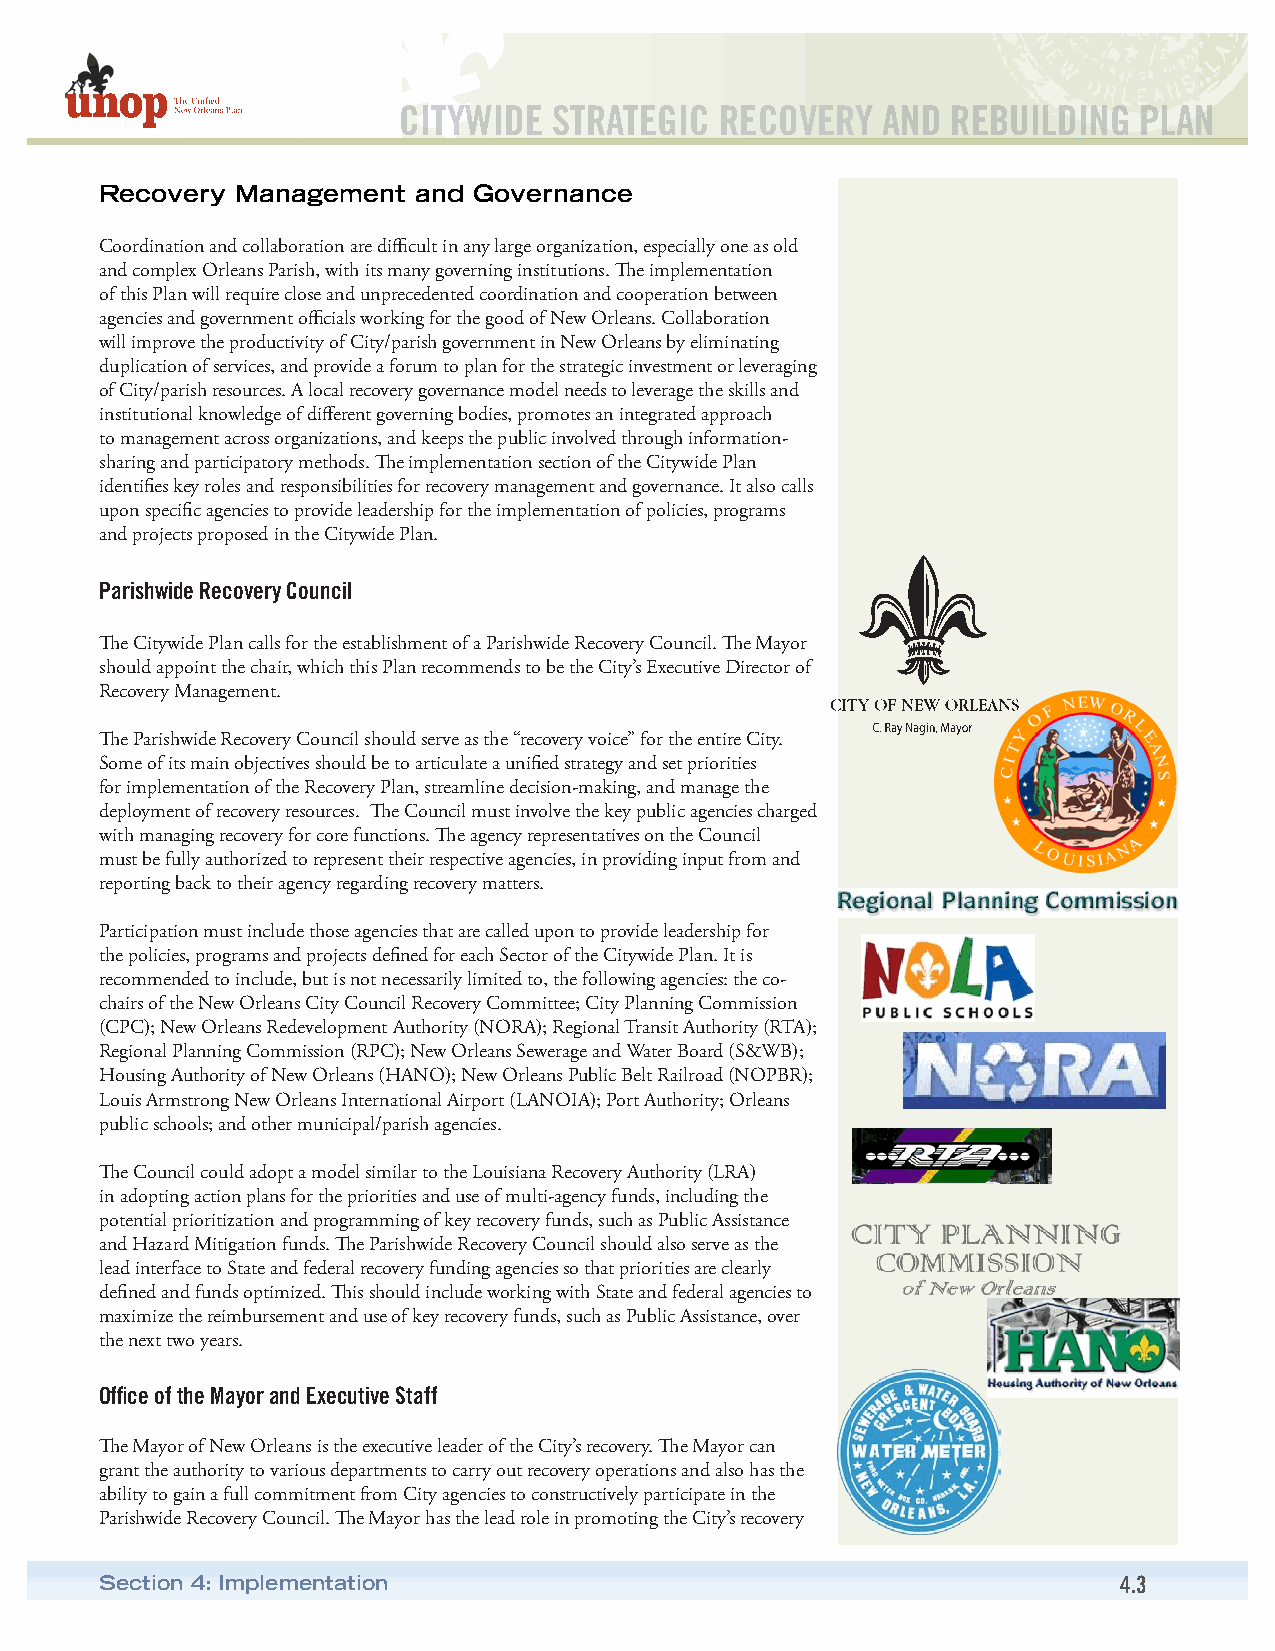
CITYWIDE   STRATEGIC  RECOVERY  AND  REBUILDING  PLAN
 Recovery Management and Governance
 Coordination and collaboration are difficult in any large organization, especially one as old
 and complex Orleans Parish, with its many governing institutions. The implementation
 of this Plan will require close and unprecedented coordination and cooperation between
 agencies and government officials working for the good of New Orleans. Collaboration
 will improve the productivity of City/parish government in New Orleans by eliminating
 duplication of services, and provide a forum to plan for the strategic investment or leveraging
 of City/parish resources. A local recovery governance model needs to leverage the skills and
 institutional knowledge of different governing bodies, promotes an integrated approach
 to management across organizations, and keeps the public involved through information-
 sharing and participatory methods. The implementation section of the Citywide Plan
 identifies key roles and responsibilities for recovery management and governance. It also calls
 upon specific agencies to provide leadership for the implementation of policies, programs
 and projects proposed in the Citywide Plan.
 Parishwide Recovery Council
 The Citywide Plan calls for the establishment of a Parishwide Recovery Council. The Mayor
 should appoint the chair, which this Plan recommends to be the City’s Executive Director of
 Recovery Management.
 The Parishwide Recovery Council should serve as the “recovery voice” for the entire City.
 Some of its main objectives should be to articulate a unified strategy and set priorities
 for implementation of the Recovery Plan, streamline decision-making, and manage the
 deployment of recovery resources. The Council must involve the key public agencies charged
 with managing recovery for core functions. The agency representatives on the Council
 must be fully authorized to represent their respective agencies, in providing input from and
 reporting back to their agency regarding recovery matters.
 Participation must include those agencies that are called upon to provide leadership for
 the policies, programs and projects defined for each Sector of the Citywide Plan. It is
 recommended to include, but is not necessarily limited to, the following agencies: the co-
 chairs of the New Orleans City Council Recovery Committee; City Planning Commission
 (CPC); New Orleans Redevelopment Authority (NORA); Regional Transit Authority (RTA);
 Regional Planning Commission (RPC); New Orleans Sewerage and Water Board (S&WB);
 Housing Authority of New Orleans (HANO); New Orleans Public Belt Railroad (NOPBR);
 Louis Armstrong New Orleans International Airport (LANOIA); Port Authority; Orleans
 public schools; and other municipal/parish agencies.
 The Council could adopt a model similar to the Louisiana Recovery Authority (LRA)
 in adopting action plans for the priorities and use of multi-agency funds, including the
 potential prioritization and programming of key recovery funds, such as Public Assistance
 and Hazard Mitigation funds. The Parishwide Recovery Council should also serve as the
 lead interface to State and federal recovery funding agencies so that priorities are clearly
 defined and funds optimized. This should include working with State and federal agencies to
 maximize the reimbursement and use of key recovery funds, such as Public Assistance, over
 the next two years.
 Office of the Mayor and Executive Staff
 The Mayor of New Orleans is the executive leader of the City’s recovery. The Mayor can
 grant the authority to various departments to carry out recovery operations and also has the
 ability to gain a full commitment from City agencies to constructively participate in the
 Parishwide Recovery Council. The Mayor has the lead role in promoting the City’s recovery
 Section 4: Implementation                                          4.3